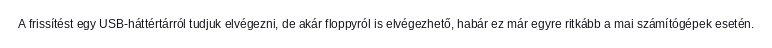
A frissítést egy USB-háttértárról tudjuk elvégezni, de akár floppyról is elvégezhető, habár ez már egyre ritkább a mai számítógépek esetén.